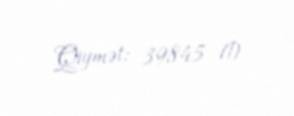
Qiymət: 39845 ₼